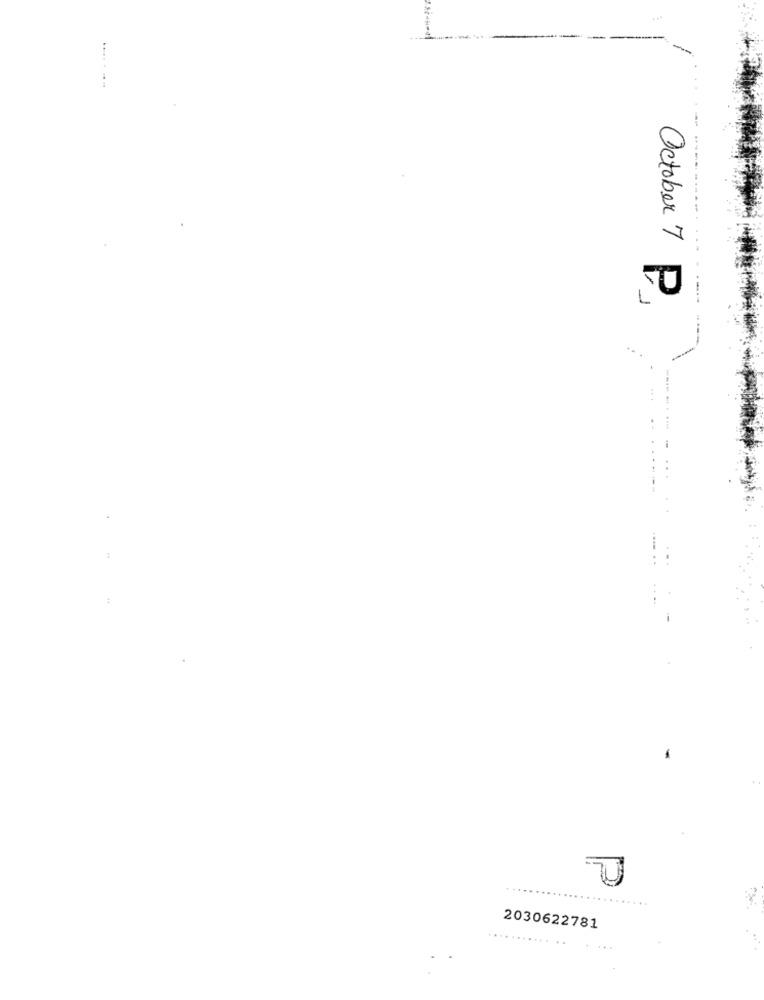
October 7 P.
-
2030622781